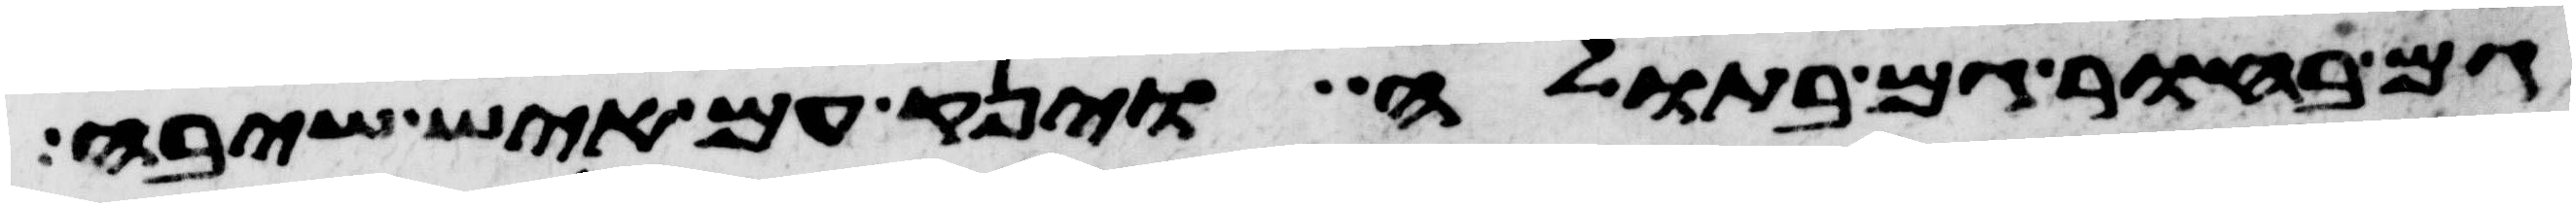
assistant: גם בחור גם בתולה וינק עם איש שיבה